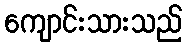
ကျောင်းသားသည်